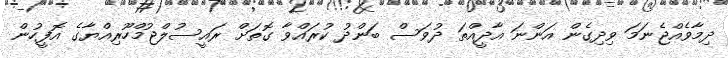
ދިމާވެއްޖެނަމަ ވިދިގެން އަންނަ އާދީއްތަ ދުވަސް ބަންދު ކުރައްވާ ގޮތަށް ރައީސުލްޖުމްހޫރިއްޔާގެ އޮފީހުން